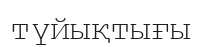
түйықтығы